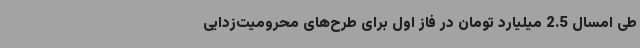
طی امسال 2.5 میلیارد تومان در فاز اول برای طرح‌های محرومیت‌زدایی